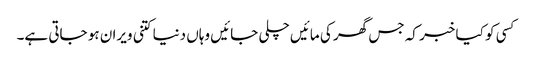
کسی کو کیا خبر کہ جس گھر کی مائیں چلی جائیں وہاں دنیا کتنی ویران ہو جاتی ہے۔